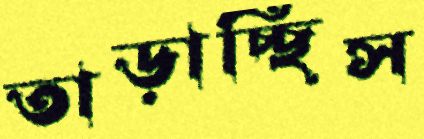
তাড়াচ্ছিস